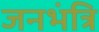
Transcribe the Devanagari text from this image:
जनभंत्रि